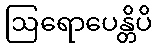
ဩရောပေန္တိပိ